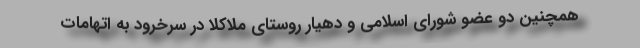
همچنین دو عضو شورای اسلامی و دهیار روستای ملاکلا در سرخرود به اتهامات